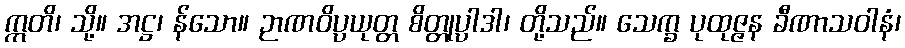
ဣတိ၊ သို့။ အဋ္ဌ၊ န်သော။ ဉာဏဝိပ္ပယုတ္တ စိတ္တုပ္ပါဒါ၊ တို့သည်။ သေက္ခ ပုထုဇ္ဇန ခီဏာသဝါနံ၊